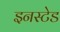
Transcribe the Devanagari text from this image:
इनस्टेड